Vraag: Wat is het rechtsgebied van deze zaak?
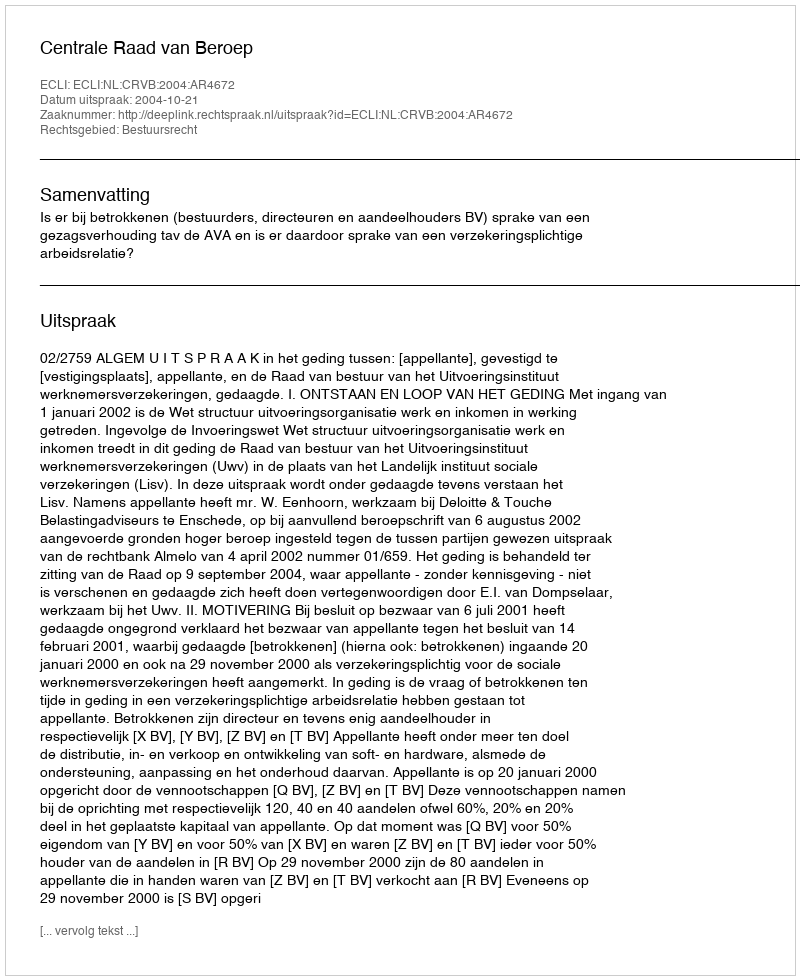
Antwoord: Bestuursrecht